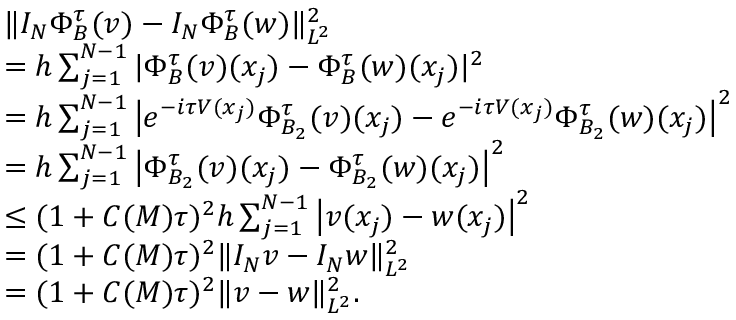
\begin{array} { r l } & { \| I _ { N } \Phi _ { B } ^ { \tau } ( v ) - I _ { N } \Phi _ { B } ^ { \tau } ( w ) \| _ { L ^ { 2 } } ^ { 2 } } \\ & { = h \sum _ { j = 1 } ^ { N - 1 } | \Phi _ { B } ^ { \tau } ( v ) ( x _ { j } ) - \Phi _ { B } ^ { \tau } ( w ) ( x _ { j } ) | ^ { 2 } } \\ & { = h \sum _ { j = 1 } ^ { N - 1 } \left| e ^ { - i \tau V ( x _ { j } ) } \Phi _ { B _ { 2 } } ^ { \tau } ( v ) ( x _ { j } ) - e ^ { - i \tau V ( x _ { j } ) } \Phi _ { B _ { 2 } } ^ { \tau } ( w ) ( x _ { j } ) \right| ^ { 2 } } \\ & { = h \sum _ { j = 1 } ^ { N - 1 } \left| \Phi _ { B _ { 2 } } ^ { \tau } ( v ) ( x _ { j } ) - \Phi _ { B _ { 2 } } ^ { \tau } ( w ) ( x _ { j } ) \right| ^ { 2 } } \\ & { \leq ( 1 + C ( M ) \tau ) ^ { 2 } h \sum _ { j = 1 } ^ { N - 1 } \left| v ( x _ { j } ) - w ( x _ { j } ) \right| ^ { 2 } } \\ & { = ( 1 + C ( M ) \tau ) ^ { 2 } \| I _ { N } v - I _ { N } w \| _ { L ^ { 2 } } ^ { 2 } } \\ & { = ( 1 + C ( M ) \tau ) ^ { 2 } \| v - w \| _ { L ^ { 2 } } ^ { 2 } . } \end{array}